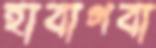
হাবাগবা